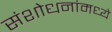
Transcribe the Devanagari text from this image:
संशोधनांमध्ये